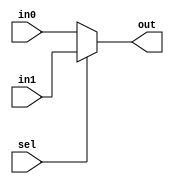
`timescale 1ns/1ns
module Mux5_21 (in0, in1, sel, out);
input [4:0] in0, in1;
input sel;
 output [4:0] out;

assign out = sel ? in1 : in0;

endmodule